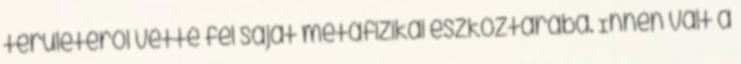
területéről vette fel saját metafizikai eszköztárába. Innen vált a